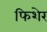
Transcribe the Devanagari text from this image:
फिशेर